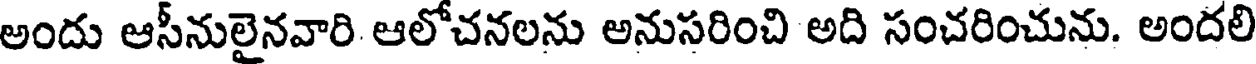
అందు ఆసీనులైనవారి ఆలోచనలను అనుసరించి అది సంచరించును. అందలి